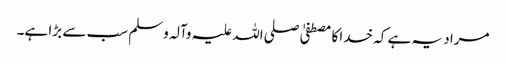
مراد یہ ہے کہ خدا کا مصطفیٰ صلی اللہ علیہ وآلہ وسلم سب سے بڑا ہے۔